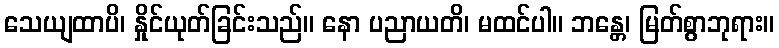
သေယျထာပိ၊ နှိုင်ယုတ်ခြင်းသည်။ နော ပညာယတိ၊ မထင်ပါ။ ဘန္တေ၊ မြတ်စွာဘုရား။